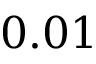
0 . 0 1